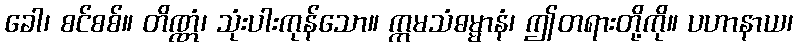
ခေါ၊ စင်စစ်။ တိဏ္ဏံ၊ သုံးပါးကုန်သော။ ဣမသံဓမ္မာနံ၊ ဤတရားတို့ကို။ ပဟာနာယ၊